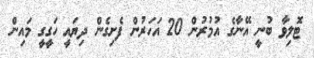
ޓޮލިވާ ބުނީ އޭނާގެ އުމުރުން 20 އަހަރުން ފެށިގެން ދިޔައީ ހަގީގީ މައިން